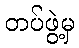
တပ်ဖွဲ့မှ